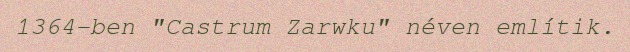
1364-ben "Castrum Zarwku" néven említik.